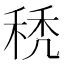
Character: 𥟉